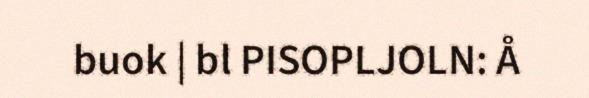
buok | bl PISOPLJOLN: Å